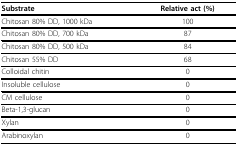
| Substrate | Relative act (%) |
 | --- | --- |
 | Chitosan 80% DD, 1000 kDa | 100 |
 | Chitosan 80% DD, 700 kDa | 87 |
 | Chitosan 80% DD, 500 kDa | 84 |
 | Chitosan 55% DD | 68 |
 | Colloidal chitin | 0 |
 | Insoluble cellulose | 0 |
 | CM cellulose | 0 |
 | Beta-1,3-glucan | 0 |
 | Xylan | 0 |
 | Arabinoxylan | 0 |